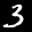
Label: 3